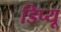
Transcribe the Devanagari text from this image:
डिप्यू